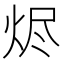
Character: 烬